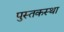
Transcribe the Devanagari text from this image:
पुस्तकस्था